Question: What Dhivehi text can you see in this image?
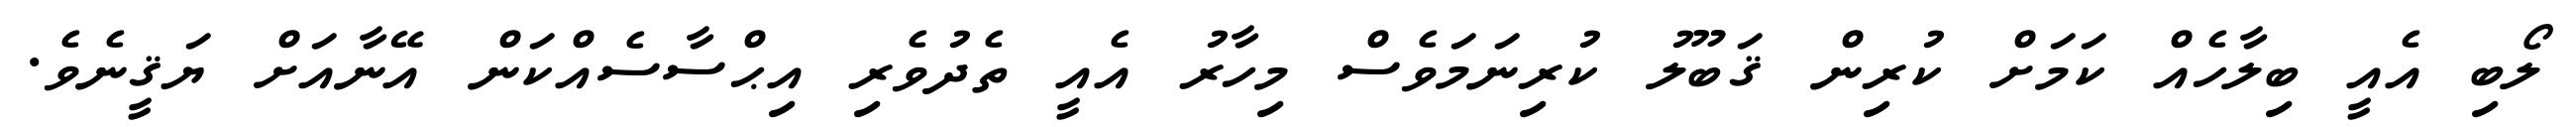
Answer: ލޯބި އެއީ ބިލާހެއް ކަމަށް ކުރިން ޤަބޫލު ކުރިނަމަވެސް މިހާރު އެއީ ތެދުވެރި އިޙްސާސެއްކަން އޭނާއަށް ޔަޤީނެވެ.